Lunatic asylums Punjab 1911-1921 - 1911-1921
Year: 1911
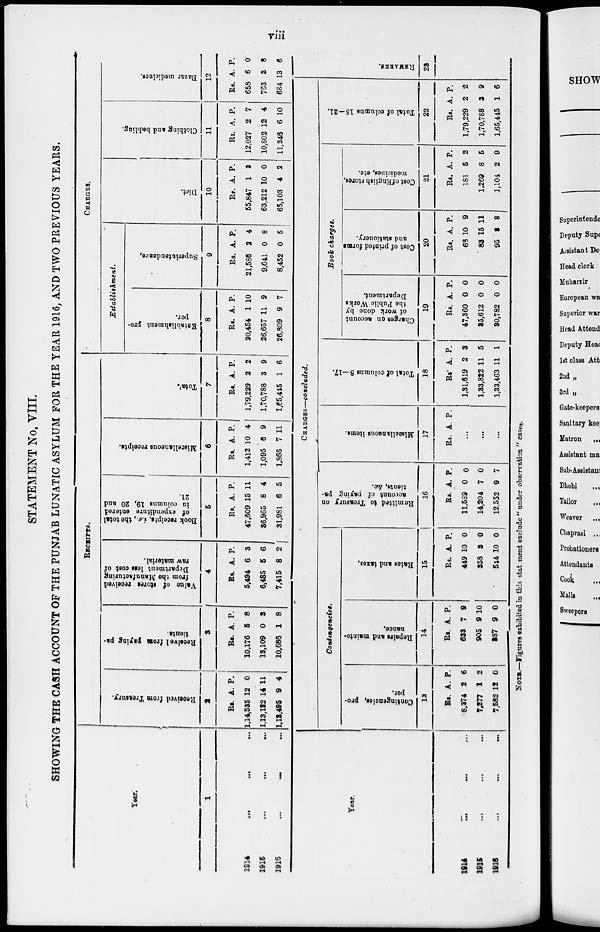
iii
STATEMENT No. VIII.
SHOWING THE CASH ACCOUNT OF THE PUNJAB LUNATIC ASYLUM FOR THE YEAR 1916, AND TWO PREVIOUS YEARS.
Year.
1
1914 ... ... ...
1916
...
...
...
1916
...
...
...
RECEIPTS.
Received from Treasury.
2
Rs.
1,14,535
1,13,132
1,13,495
A.
12
14
9
P.
0
11
4
Receive 1 from paying pa-
tients.
3
Rs.
10,176
13,109
10,686
A.
5
0
1
P.
8
3
8
Value of stores received
from the Manufacturing
Department less
cost of
raw material.
4
Rs.
5,494
6,485
7,415
A.
6
5
8
P.
3
6 2
Book receipts, i.e., the total
of expenditure entered
in columns 19, 20 and
21.
5
Rs.
47,609
36,965
31,981
A.
15
8
6
P.
11
4
5
Miscellaneous receipts.
6
Rs.
1,412
1,095
1,866
A.
10
6
7
P.
4
9
11
Total.
7
Rs.
1,79,229
1,70,788
1,65,445
A.
2
3
1
P.
2
9
6
CHARGES.
Establishment.
Establishment pro-
per.
8
Rs.
20,454
26,657
26,809
A.
1
11
9
P.
10
9
7
Superintendence.
9
Rs.
21,586
9,641
8,452
A.
2
0
0
P.
4
8
5
Diet.
10
Rs.
55,847
63,212
65,103
A.
1
10
4
P.
3
0
2
Clothing and bedding.
11
Rs.
12,027
10,802
11,346
A.
2
12
6
P.
7
4
10
Bazar medicines.
12
Rs.
658
763
684
A.
6
3
13
P
0
8
6
Year.
1914
...
...
...
1915 ... ... ...
1916
...
...
...
CHARGES—concluded.
Contingencies.
Contingencies, pre-
per.
13
Rs.
8,374
7,277
7,582
A.
2
1
12
P.
6
2
0
Repairs and mainte-
nance.
14
Rs.
633
905
387
A.
7
9
9
P.
9
10
0
Rates
and taxes.
15
_
Rs.
449
358
544
A.
10
3
10
P.
0
0
0
Remitted
to Treasury on
account of paying pa-
tients, &c.
16
Rs.
11,589
14,204
12,552
A.
0
7
9
P.
0
0
7
Miscellaneous items.
17
Rs. A. P.
...
...
Total of columns 8—17.
18
Rs.
1,31,619
1,33,822
1,33,463
A.
2
11
11
P.
3
5
1
Book charges.
Charges on account
of work done by
the Public Works
Department.
19
Rs.
47,360
35,612
30,782
A.
0
0
0
P.
0
0
0
Cost of printed forms
and
stationery.
20
Rs.
68
83
95
A.
10
15
2
P.
9
11
8
Cost of English stores,
medicines, etc.
21
Rs.
181
1,269
1,104
A.
5
8
2
P.
2
5
9
Total of columns 18—21.
22
Rs.
1,79,229
1,70,788
1,65,445
A.
2
3
1
P.
2
9
6
REMARKS.
23
NOTE.—Figures exhibited in this statement exclude " under observation " cases.